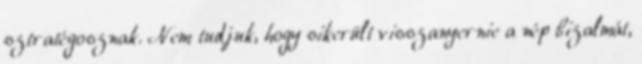
sztratégosznak. Nem tudjuk, hogy sikerült visszanyernie a nép bizalmát,